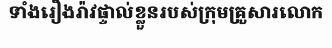
ទាំងរឿងរ៉ាវផ្ទាល់ខ្លួនរបស់ក្រុមគ្រួសារលោក